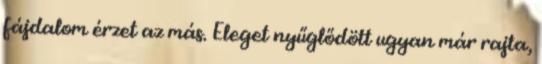
fájdalom érzet az más. Eleget nyűglődött ugyan már rajta,